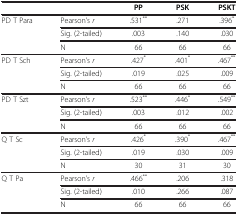
| <COLSPAN=2>  | PP | PSK | PSKT |
 | --- | --- | --- | --- | --- |
 | <ROWSPAN=3> PD T Para | Pearson’s r | .531** | .271 | .396* |
 | Sig. (2-tailed) | .003 | .140 | .030 |
 | N | 66 | 66 | 66 |
 | <ROWSPAN=3> PD T Sch | Pearson’s r | .427* | .401* | .467** |
 | Sig. (2-tailed) | .019 | .025 | .009 |
 | N | 66 | 66 | 66 |
 | <ROWSPAN=3> PD T Szt | Pearson’s r | .523** | .446* | .549** |
 | Sig. (2-tailed) | .003 | .012 | .002 |
 | N | 66 | 66 | 66 |
 | <ROWSPAN=3> Q T Sc | Pearson’s r | .426* | .390* | .467** |
 | Sig. (2-tailed) | .019 | .030 | .009 |
 | N | 30 | 31 | 30 |
 | <ROWSPAN=3> Q T Pa | Pearson’s r | .466** | .206 | .318 |
 | Sig. (2-tailed) | .010 | .266 | .087 |
 | N | 66 | 66 | 66 |